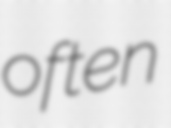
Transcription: often